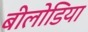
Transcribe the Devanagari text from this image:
बीलोडिया